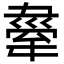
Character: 舝